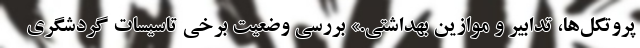
پروتکل‌ها، تدابیر و موازین بهداشتی.» بررسی وضعیت برخی تاسیسات گردشگری